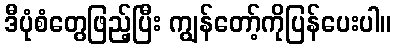
ဒီပုံစံတွေဖြည့်ပြီး ကျွန်တော့်ကိုပြန်ပေးပါ။